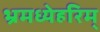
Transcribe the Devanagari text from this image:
भ्रमध्येहरिम्